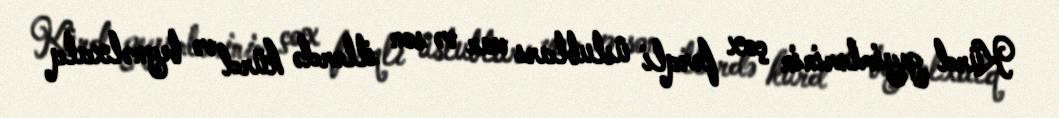
Kürd geyimlərinin çox fərqli üslubları var və son illərdə kürd və beynəlxalq